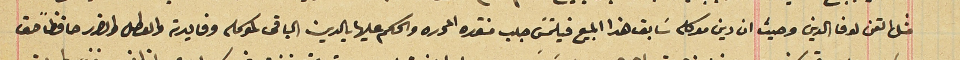
مثل التمن لوفا الدين وحيث ان دين موكله سَابق هذا المبيع فيلتمسَ جلب منتوره المحرره والحكم عليها بالدين الباقى لموكله وفايدته والعطل والضرر حافظاً حق